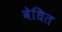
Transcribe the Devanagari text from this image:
वेधित